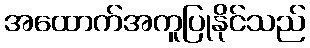
အထောက်အကူပြုနိုင်သည်